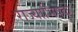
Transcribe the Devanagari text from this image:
राज्याभिषक